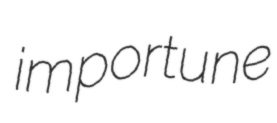
importune